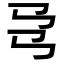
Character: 𢎙